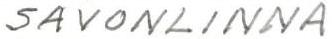
SAVONLINNA